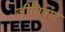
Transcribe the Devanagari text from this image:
जीविवाद